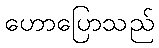
ဟောပြောသည်